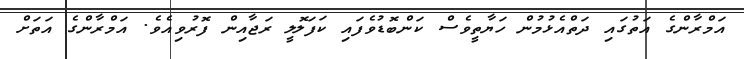
އަމްރާންގެ އަތުގައި ދަތްއެޅުމުން ހަޔާތީވެސް ކަންބޮޑުވެފައި ކަފަލޮލީ ރަޖާއިން ފޮރުވިއެވެ. އަމްރާންގެ އަތަށް